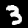
Digit: 3